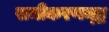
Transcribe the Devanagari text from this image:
समीकरणम्द्ध